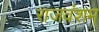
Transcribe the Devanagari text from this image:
राजवंशम्